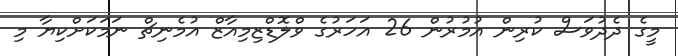
މީގެ ދެދުވަސް ކުރިން އުމުރުން 26 އަހަރުގެ ވްލޮޑްޒިމިއާޒް އުމެނިޗް ނަމަކަށްކިޔާ މި